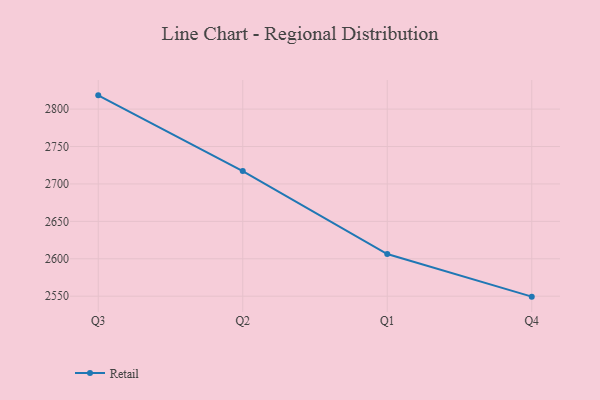
{"axis": {"x": "Quarter", "y": "Energy Usage (MWh)"}, "legend": ["Retail"], "data": [{"x": "Q3", "y": 2818.4, "type": "Retail"}, {"x": "Q2", "y": 2717.3, "type": "Retail"}, {"x": "Q1", "y": 2606.3, "type": "Retail"}, {"x": "Q4", "y": 2549.4, "type": "Retail"}]}